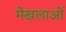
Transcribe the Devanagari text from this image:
मेखलाओं